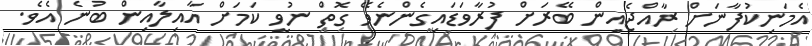
އެމަނިކުފާނަށް ރާއްޖެއިން ބޭރަށް ފުރާވަޑައިގެންނެވޭ ގޮތް ނުވީ ކަމަށް އާއިލާއިން ބުނެ އެވެ.